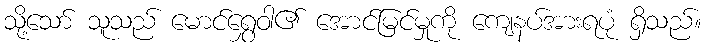
သို့သော် သူသည် မောင်ရွှေဝါ၏ အောင်မြင်မှုကို ကျေနပ်အားရပုံ ရှိသည်။